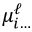
\mu _ { i \ldots } ^ { \ell }